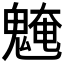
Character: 𩳢